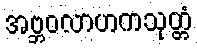
အဗ္ဘဝလာဟကသုတ္တံ